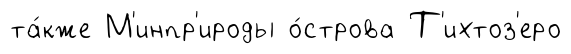
та́кже М'инпр'ироды о́строва Т'ихтоз'еро